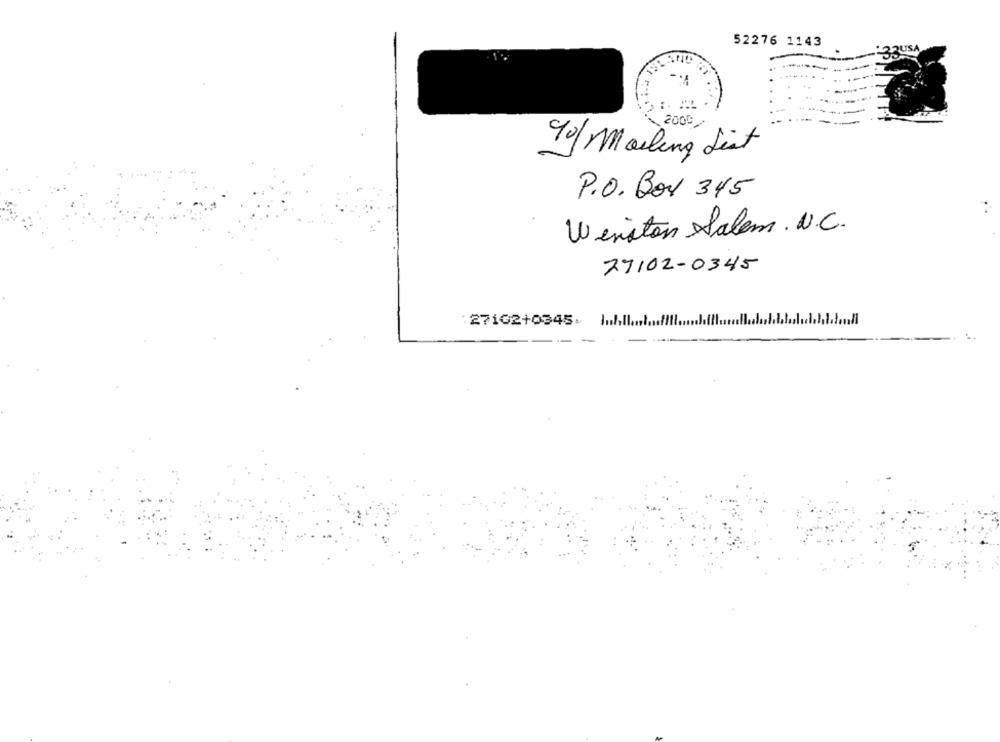
52276 1143
23USA
2000
90/Mailing List
P.O. Box 345
Winston Salem . N.C.
77102-0345
: 27102+0345- Hull